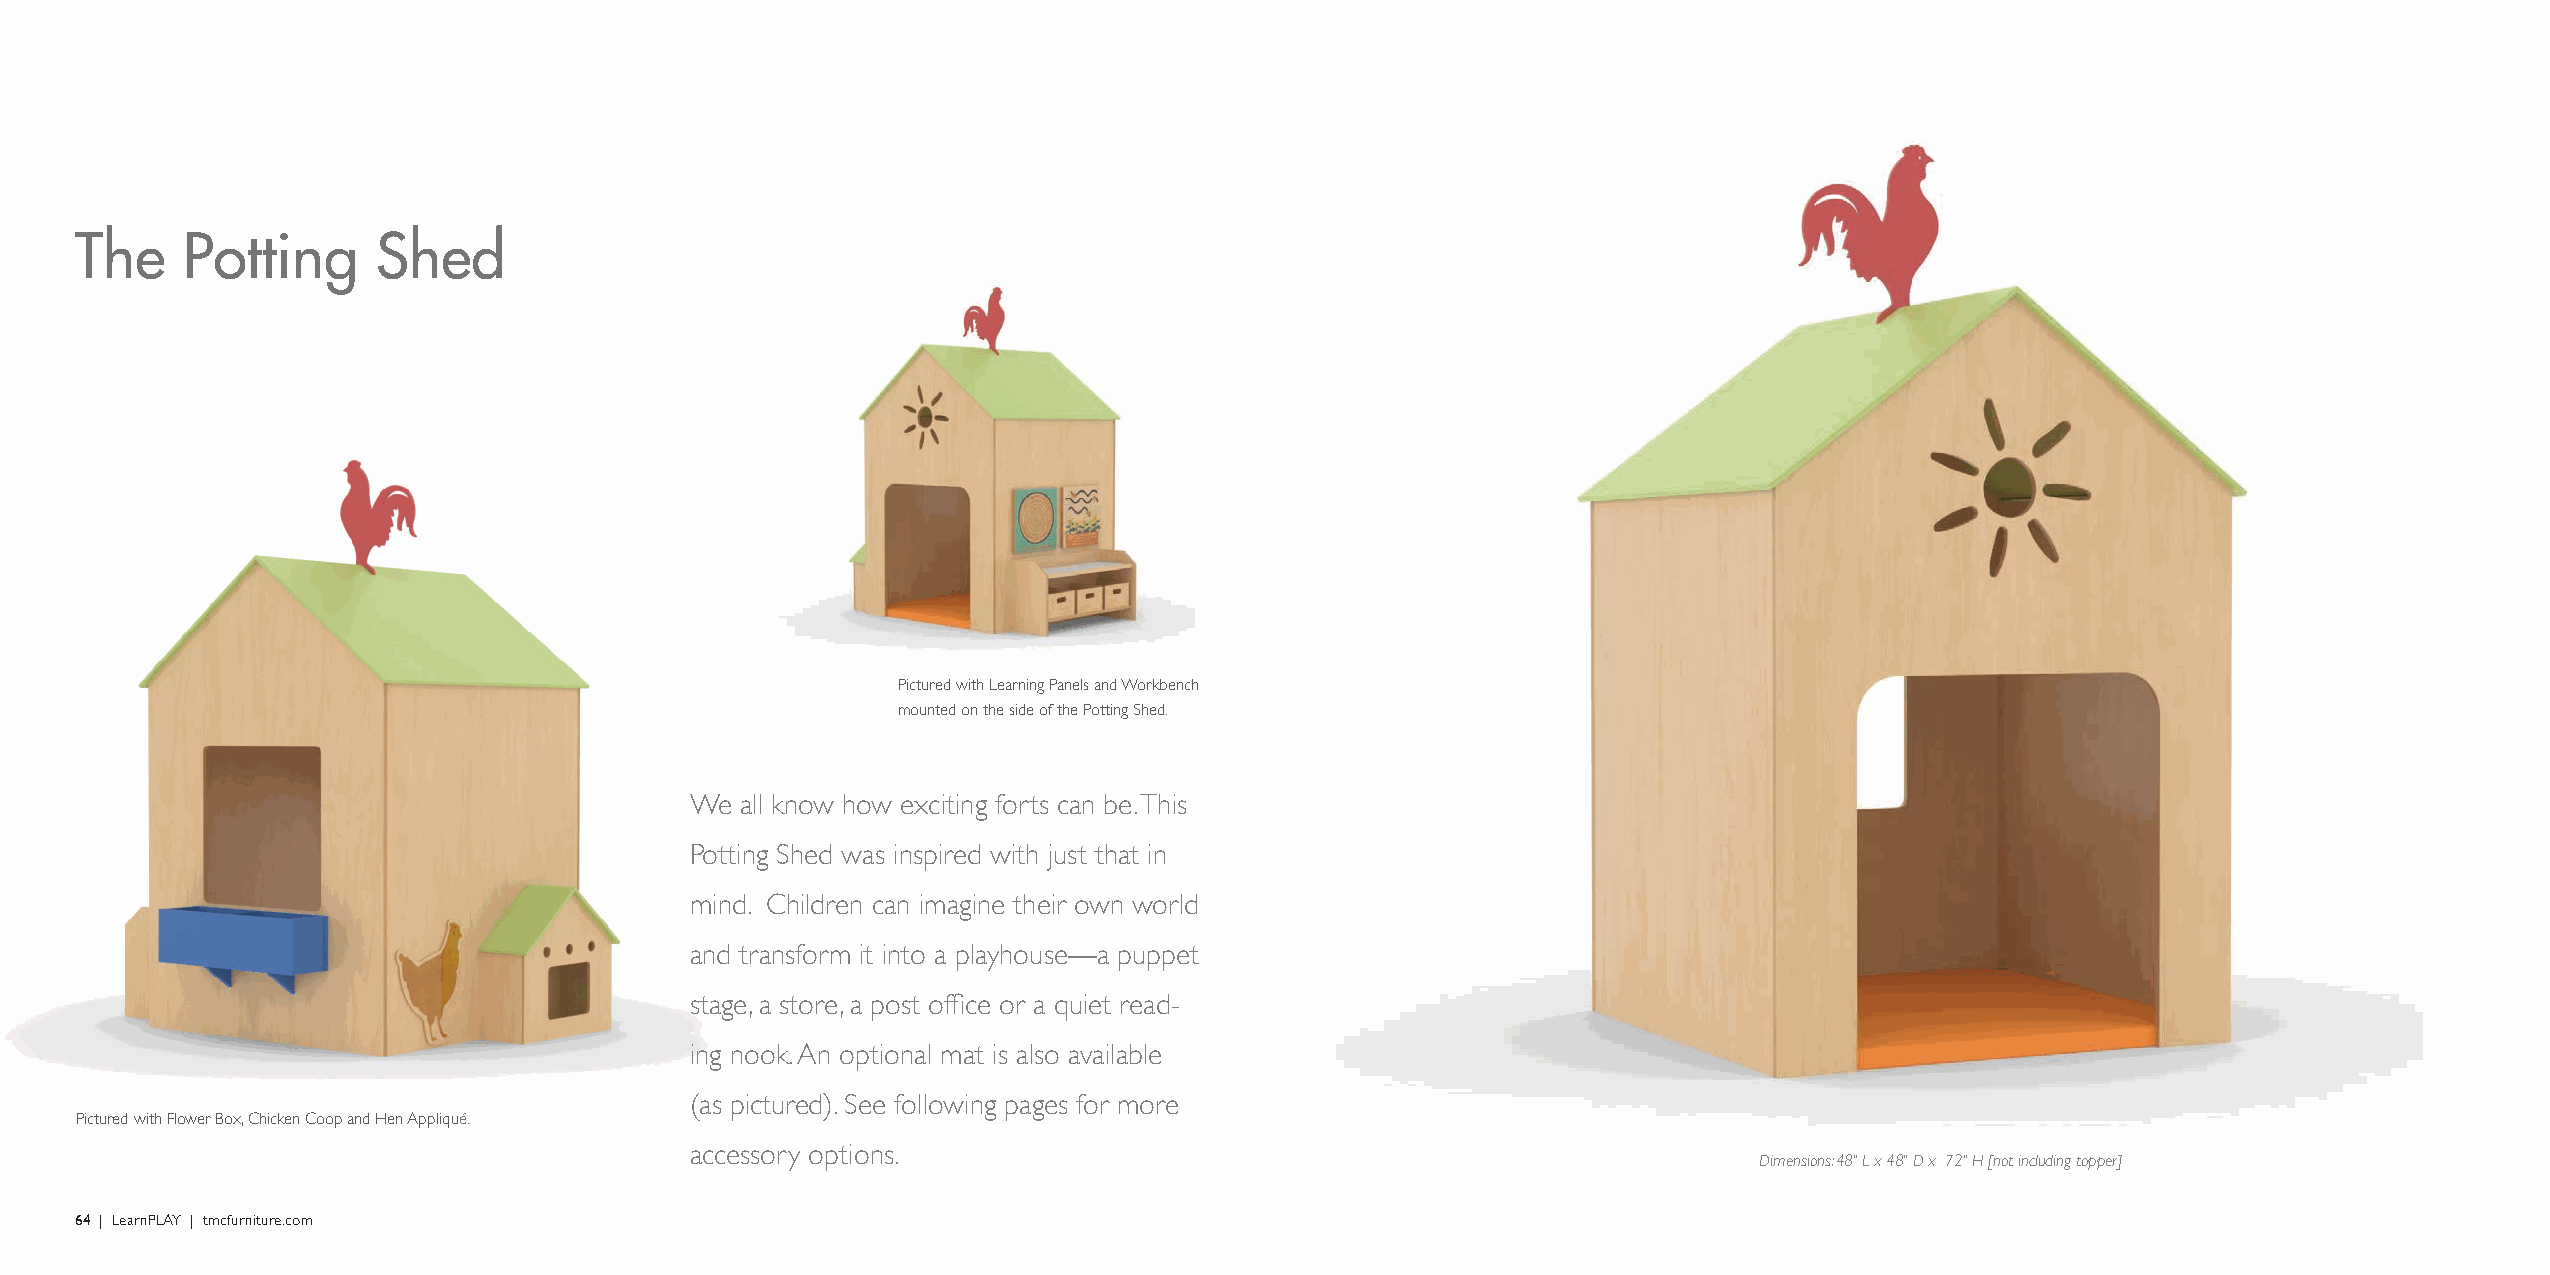
The    Potting      Shed
 Pictured with Learning Panels and Workbench
 mounted on the side of the Potting Shed.
 We all know how exciting forts can be. This
 Potting Shed was inspired with just that in
 mind. Children can imagine their own world
 and transform it into a playhouse—a puppet
 stage, a store, a post office or a quiet read-
 ing nook. An optional mat is also available
 (as pictured). See following pages for more
 Pictured with Flower Box, Chicken Coop and Hen Appliqué.
 accessory options.
 Dimensions: 48" L x 48" D x 72" H [not including topper]
 64 | LearnPLAY | tmcfurniture.com                                                                                                              LearnPLAY | tmcfurniture.com | 65